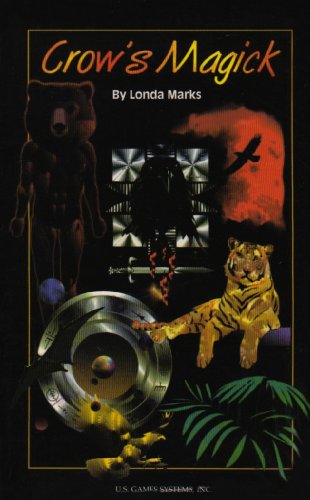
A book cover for Crow's Magick Book; Londa Marks; Humor & Entertainment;